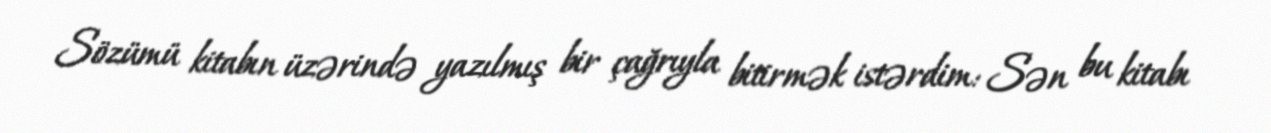
Sözümü kitabın üzərində yazılmış bir çağrıyla bitirmək istərdim: Sən bu kitabı